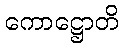
ကောဋ္ဌောတိ